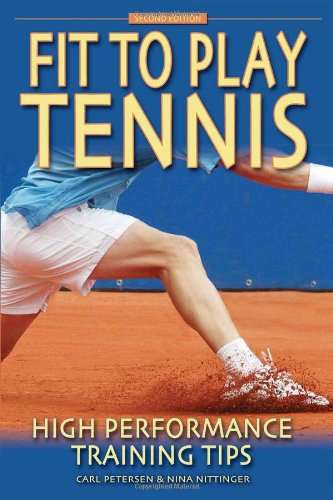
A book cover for Fit to Play Tennis: High Performance Training Tips; Carl Petersen; Sports & Outdoors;